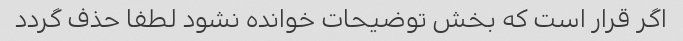
اگر قرار است که بخش توضیحات خوانده نشود لطفا حذف گردد